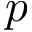
p